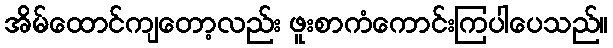
အိမ်ထောင်ကျတော့လည်း ဖူးစာကံကောင်းကြပါပေသည်။